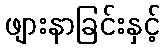
ဖျားနာခြင်းနှင့်